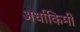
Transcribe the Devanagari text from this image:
अर्धाकिमी